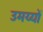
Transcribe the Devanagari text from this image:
उमय्यों